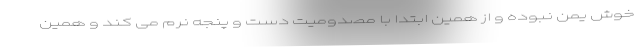
خوش یمن نبوده و از همین ابتدا با مصدومیت دست و پنجه نرم می کند و همین